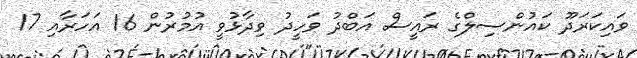
ވައިކަރަދޫ ކައުންސިލްގެ ރައީސް އަބްދު ވަހީދު ވިދާޅުވީ އުމުރުން 16 އަހަރާއި 17